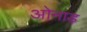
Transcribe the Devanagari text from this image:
ओनाड़